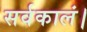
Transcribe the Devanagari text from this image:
सर्वकालं।